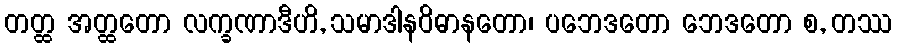
တတ္ထ အတ္ထတော လက္ခဏာဒီဟိ, သမာဒါနဝိဓာနတော၊ ပဘေဒတော ဘေဒတော စ, တဿ